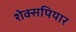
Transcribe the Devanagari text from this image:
शेक्सपियार